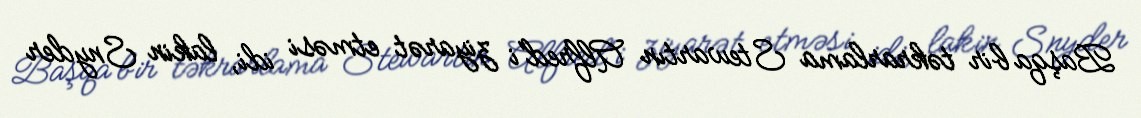
Başqa bir təkrarlama Stewartın Alfred'i ziyarət etməsi idi, lakin Snyder